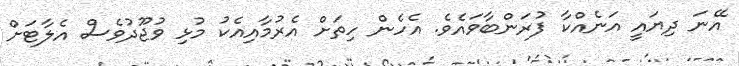
އޭނަ ދިޔައީ އަނެއްކާ ފުރަންބާވައެވެ. އެހެން ހިތަށް އެރުމާއިއެކު މުޅި ވުޖޫދުވެސް އެލާޓަށް